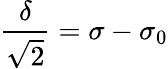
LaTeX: \frac{\delta}{\sqrt{2}}=\sigma-\sigma_{0}